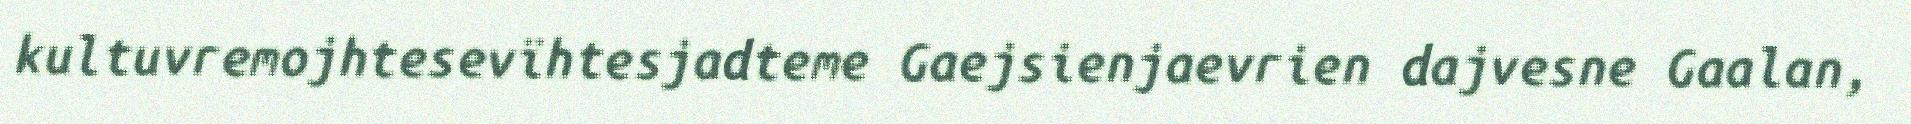
kultuvremojhtesevïhtesjadteme Gaejsienjaevrien dajvesne Gaalan,